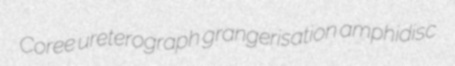
Coree ureterograph grangerisation amphidisc